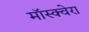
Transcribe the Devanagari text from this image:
मॉस्क्वेरा